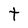
Character: t